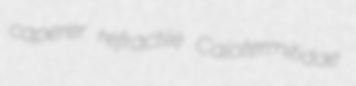
caperer refractile Calotermitidae